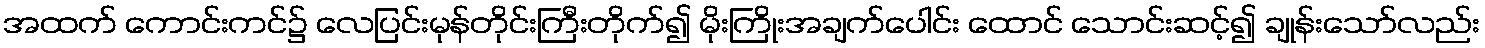
အထက် ကောင်းကင်၌ လေပြင်းမုန်တိုင်းကြီးတိုက်၍ မိုးကြိုးအချက်ပေါင်း ထောင် သောင်းဆင့်၍ ချုန်းသော်လည်း